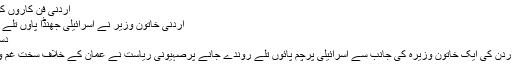
اردنی فن کاروں کوجب معلوم ہوا کہ فلم …
اردنی خاتون وزیر نے اسرائیلی جھنڈا پاوں تلے روند ڈالا، اسرائیل سیخ پا
دسمبر 31, 2018	294
عمان (مانٹیرنگ ڈیسک)اردن کی ایک خاتون وزیرہ کی جانب سے اسرائیلی پرچم پائوں تلے روندے جانے پرصہیونی ریاست نے عمان کے خلاف سخت غم وغصے کا اظہار کیا ہے۔